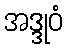
အဒ္ဒုဝံ